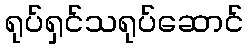
ရုပ်ရှင်သရုပ်ဆောင်